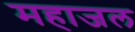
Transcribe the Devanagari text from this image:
महाजल